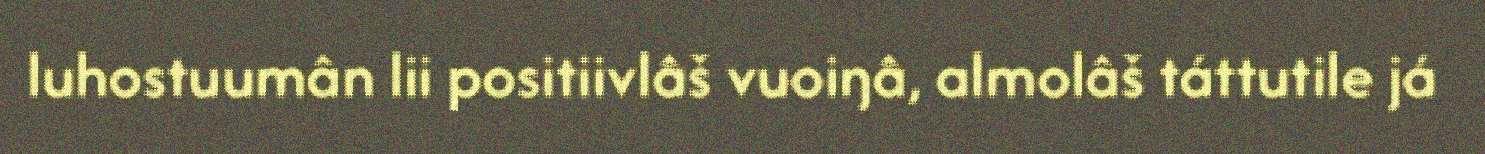
luhostuumân lii positiivlâš vuoiŋâ, almolâš táttutile já